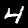
Digit: 4